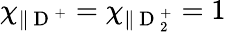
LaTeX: \chi_{\parallel\mathrm{~D~}^{+}}=\chi_{\parallel\mathrm{~D~}_{2}^{+}}=1